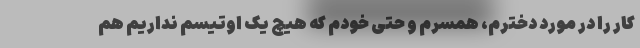
کار را در مورد دخترم، همسرم و حتی خودم که هیچ یک اوتیسم نداریم هم